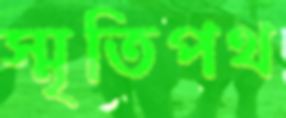
স্মৃতিপথ